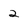
Character: 2